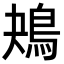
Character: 鴂